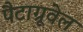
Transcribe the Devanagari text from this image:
पैटाग्रूवेल